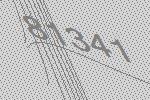
81341